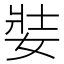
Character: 娤